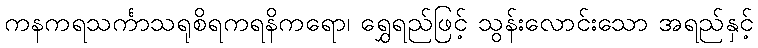
ကနကရသင်္ကာသရုစိရကရနိကရော၊ ရွှေရည်ဖြင့် သွန်းလောင်းသော အရည်နှင့်